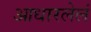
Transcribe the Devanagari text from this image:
आधारलेलं